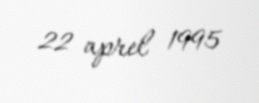
22 aprel 1995